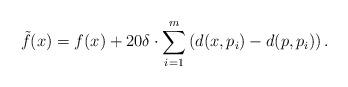
LaTeX: \begin{align*}\tilde f(x)=f(x)+20\delta\cdot\sum_{i=1}^m \left(d(x,p_i)-d(p, p_i)\right).\end{align*}